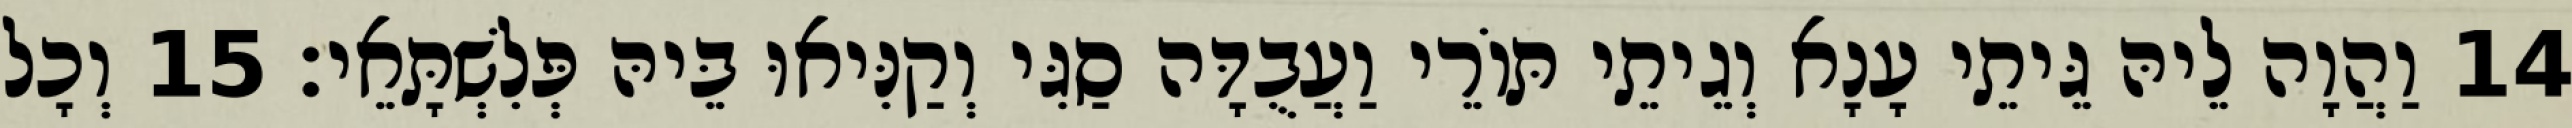
14 וַהֲוָה לֵיהּ גֵּיתֵי עָנָא וְגֵיתֵי תּוֹרֵי וַעֲבֻדָּה סַגִּי וְקַנִּיאוּ בֵּיהּ פְּלִשְׁתָּאֵי׃ 15 וְכָל